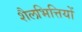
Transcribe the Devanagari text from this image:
शैलभित्तियों